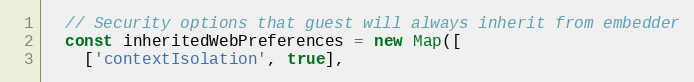
Language: JavaScript
  // Security options that guest will always inherit from embedder
  const inheritedWebPreferences = new Map([
    ['contextIsolation', true],